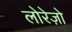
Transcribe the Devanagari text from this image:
लोरेज़ो